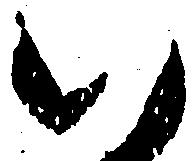
い